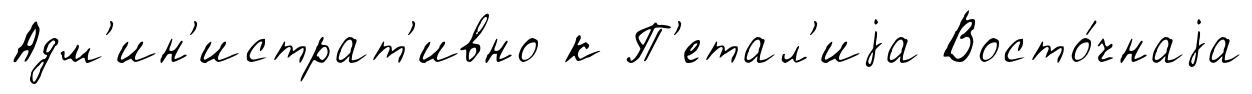
Адм'ин'истрат'ивно к П'етал'иjа Восто́чнаjа